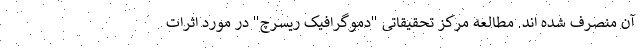
آن منصرف شده اند. مطالعه مرکز تحقیقاتی "دموگرافیک ریسرچ" در مورد اثرات